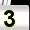
Digit: 3